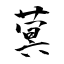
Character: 蓂